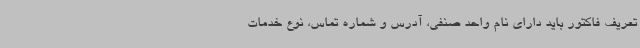
تعریف فاکتور باید دارای نام واحد صنفی، آدرس و شماره تماس، نوع خدمات